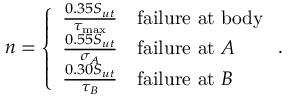
n = \left\{ \begin{array} { l l } { \frac { 0 . 3 5 S _ { u t } } { \tau _ { \mathrm { m a x } } } } & { \mathrm { f a i l u r e \ a t \ b o d y } } \\ { \frac { 0 . 5 5 S _ { u t } } { \sigma _ { A } } } & { \mathrm { f a i l u r e \ a t \ } A } \\ { \frac { 0 . 3 0 S _ { u t } } { \tau _ { B } } } & { \mathrm { f a i l u r e \ a t \ } B } \end{array} \right. .